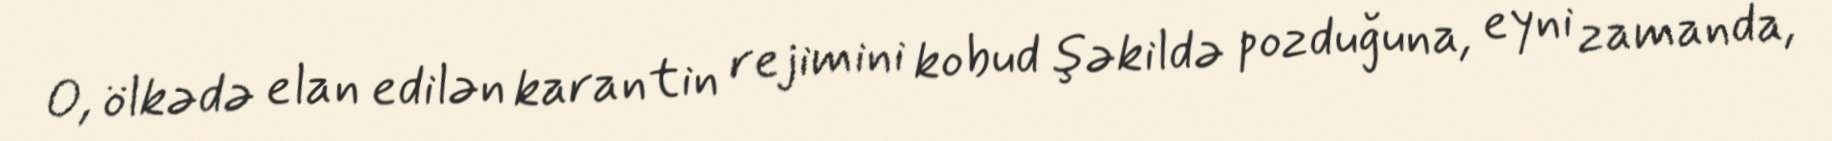
O, ölkədə elan edilən karantin rejimini kobud şəkildə pozduğuna, eyni zamanda,